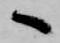
へ